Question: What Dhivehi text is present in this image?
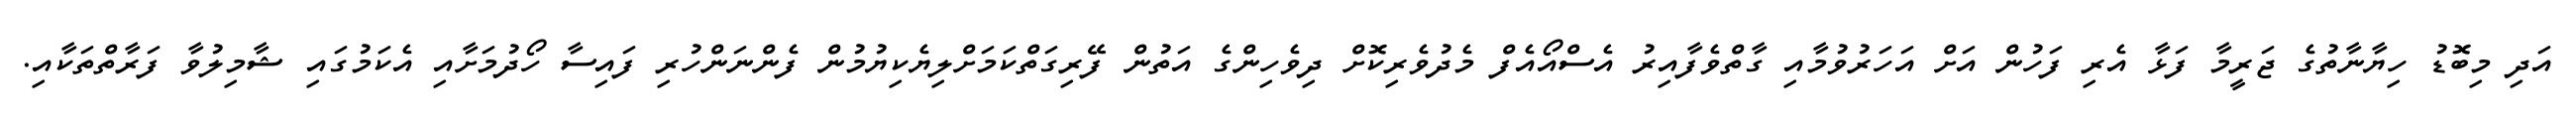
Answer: އަދި މިބޮޑު ހިޔާނާތުގެ ޖަރީމާ ފަޅާ އެރި ފަހުން އަށް އަހަރުވުމާއި ގާތްވެފާއިރު އެސްއޯއެފް މެދުވެރިކޮށް ދިވެހިންގެ އަތުން ފޭރިގަތްކަމަށްލިޔެކިޔުމުން ފެންނަންހުރި ފައިސާ ހޯދުމަށާއި އެކަމުގައި ޝާމިލުވާ ފަރާތްތަކާއި.